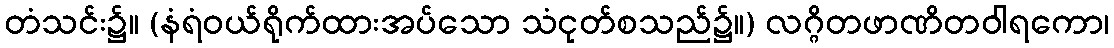
တံသင်း၌။ (နံရံဝယ်ရိုက်ထားအပ်သော သံငုတ်စသည်၌။) လဂ္ဂိတဖာဏိတဝါရကော၊